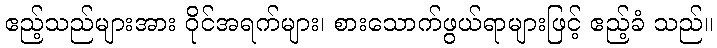
ဧည့်သည်များအား ဝိုင်အရက်များ၊ စားသောက်ဖွယ်ရာများဖြင့် ဧည့်ခံ သည်။